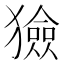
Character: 獫